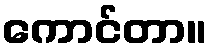
ကောင်တာ။